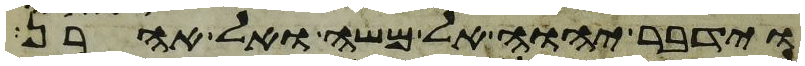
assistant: וידבר יהוה אל משה ואל אהרן